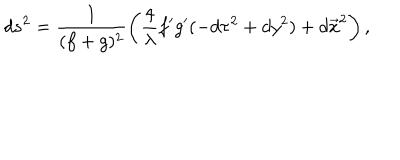
d s ^ { 2 } = \frac { 1 } { ( f + g ) ^ { 2 } } \left( \frac { 4 } { \lambda } f ^ { \prime } g ^ { \prime } ( - d \tau ^ { 2 } + d y ^ { 2 } ) + d \vec { x } ^ { 2 } \right) ,